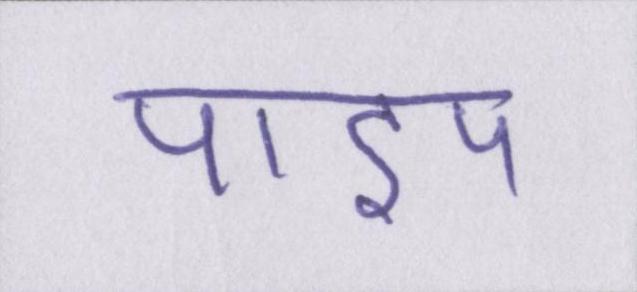
पाइप